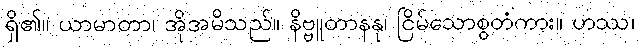
ရှိ၏။ ယာမာတာ၊ အိုအမိသည်။ နိဗ္ဗူတာနနု၊ ငြိမ်သောစွတံကား။ ဟဿ၊